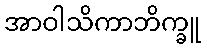
အာဝါသိကာဘိက္ခူ